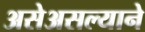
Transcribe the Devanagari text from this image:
असेअसल्याने